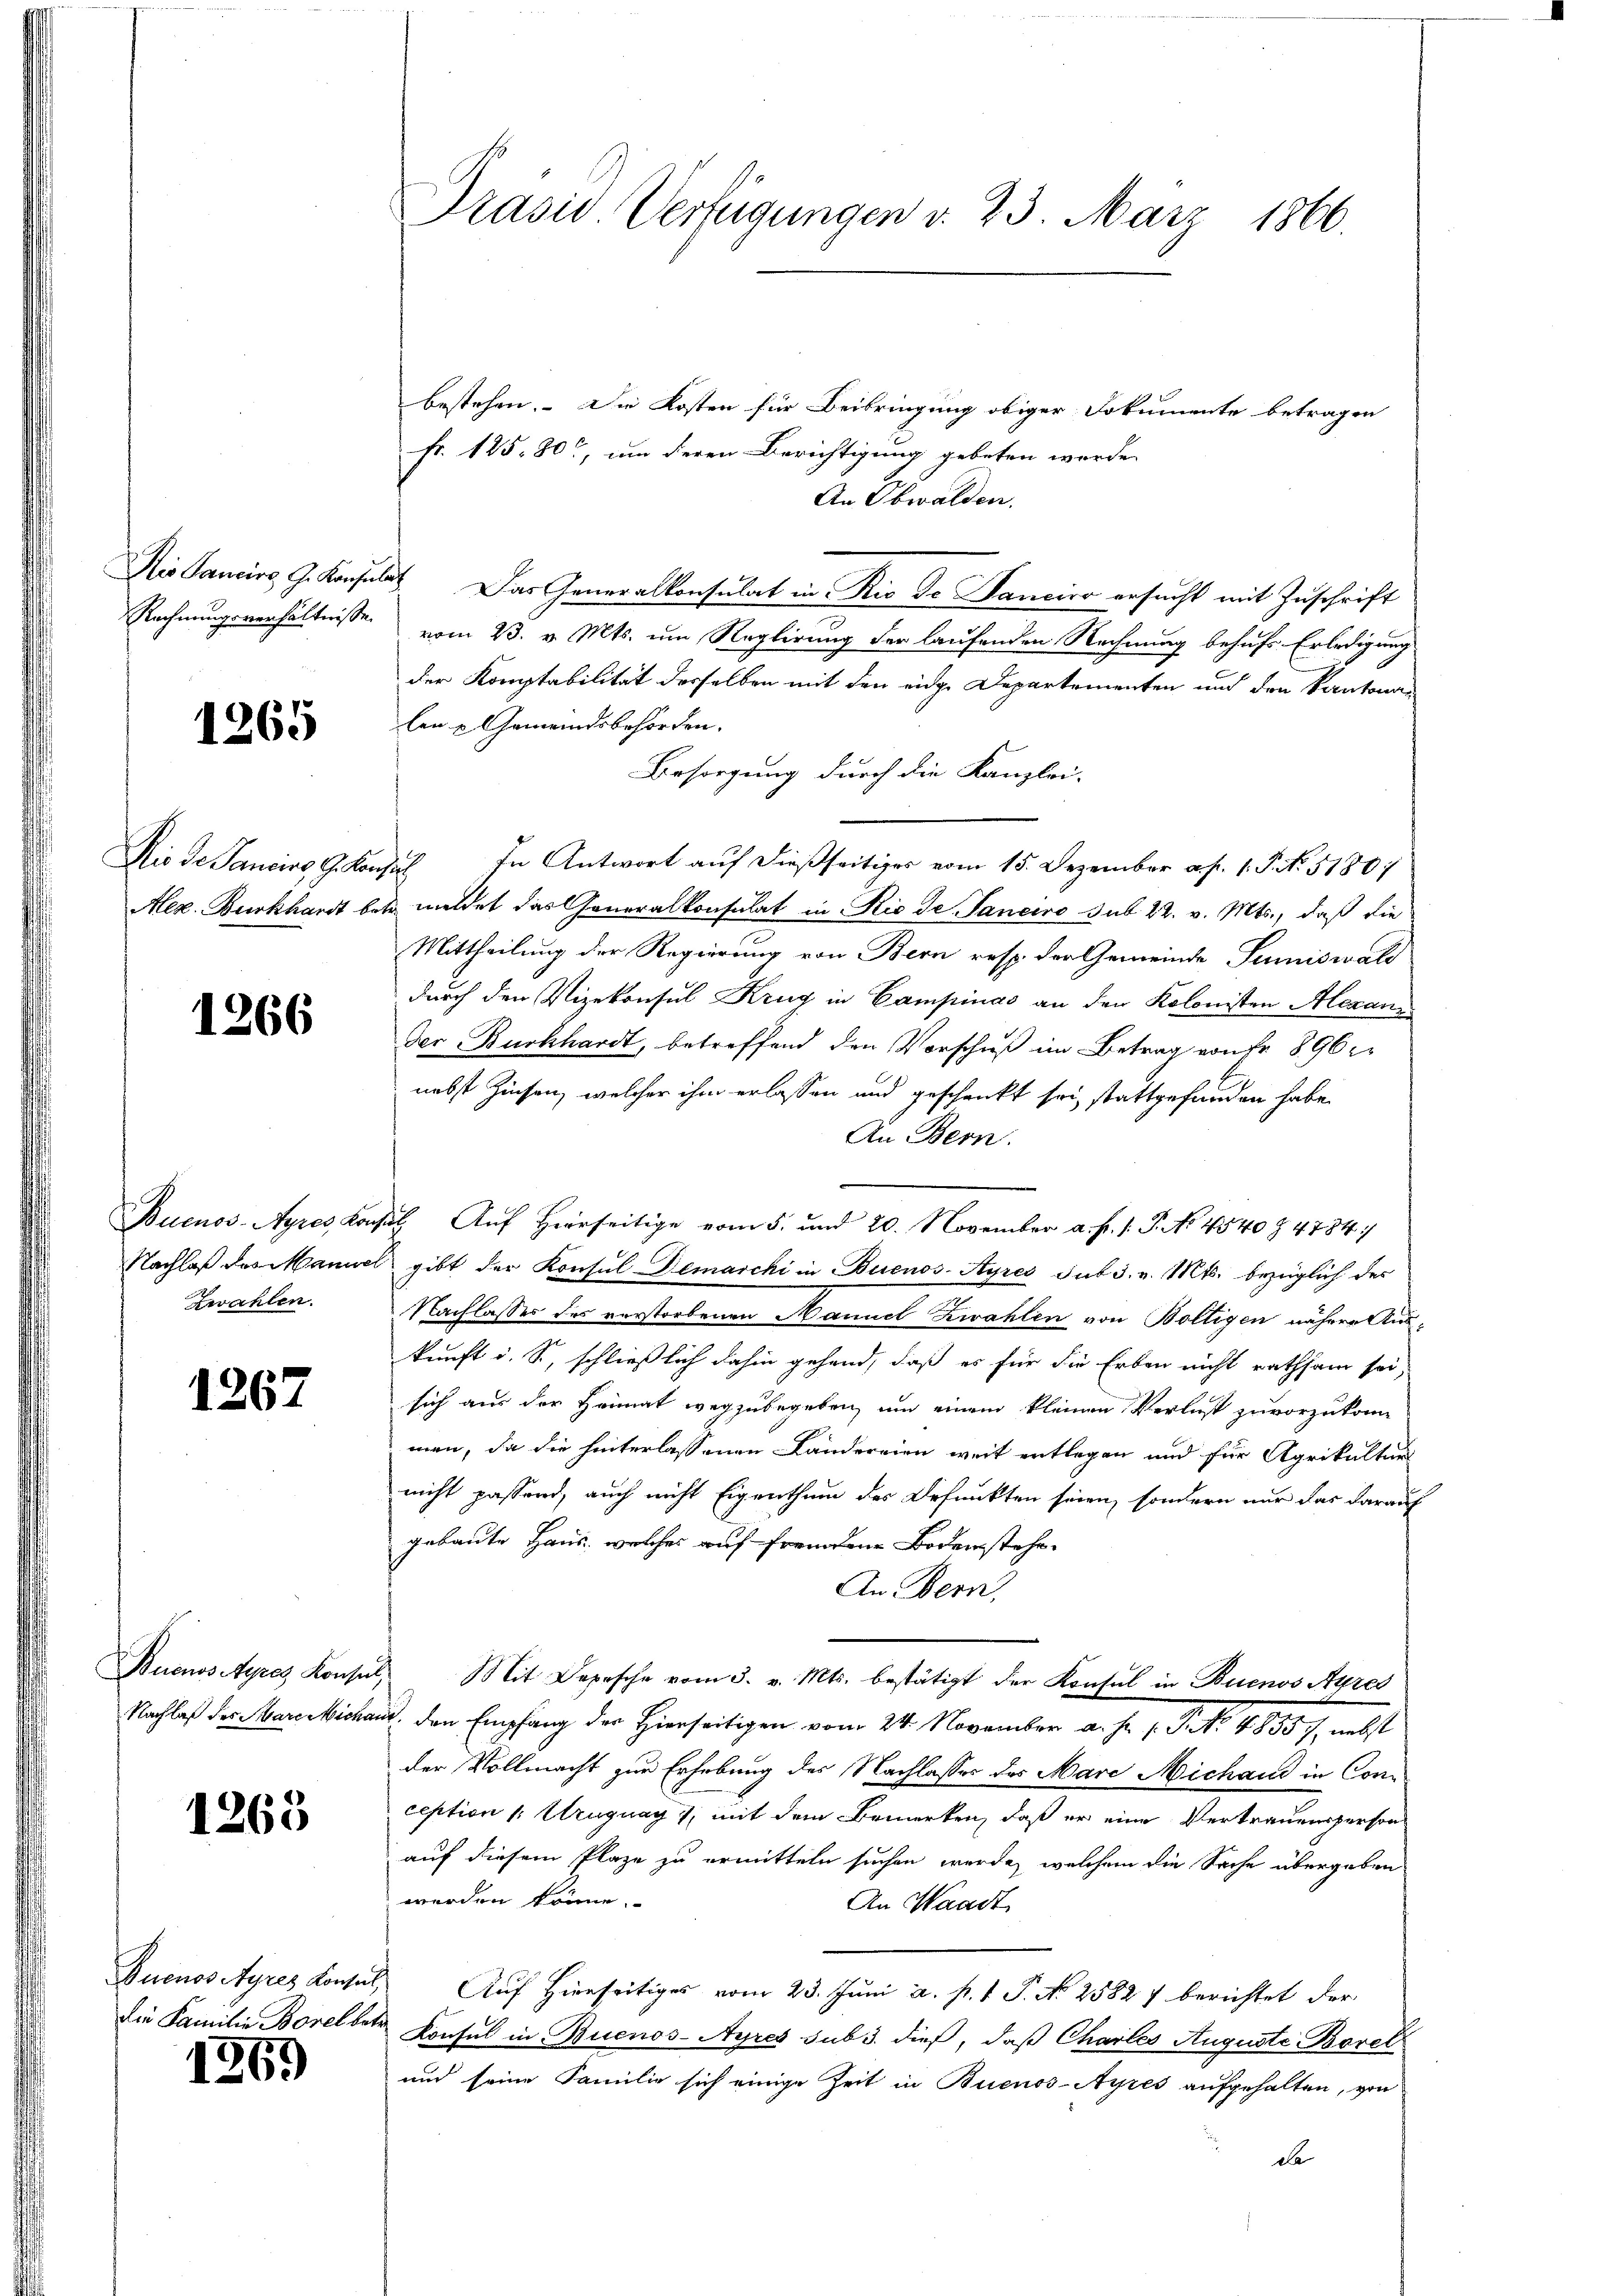
1265

1266

Buenos-Ayres Konz
Nachlaß des Manner
Zwahlen.

1267

Buenos Ayres Konsu
Nachlaß des Stare Micha

1268

Quenos Ayres Konsul,
die Familie Borel ber

1369

Präsid. Verfügungen d. 23. März 1866.

bestehen. Die Kosten für Beibringung obiger Dokumente betragen
Fr. 125. 80, um deren Berichtigung gebeten wurde.
An Obwalden.
Nis Sancirs G. Konsulat. Das Generalkonsulat in Rio de Sanciro ersucht mit Zuschrift
Rechnungsverhältnisse vom 23. v. Mts. um Reglirung der laufenden Rechnung behufs Erledigung
der Komptabilität desselben mit den eidge Departementen und den Kantonalen & Gemeindsbehörden.
Besorgung durch die Kanzlei-
Rio de Sanciss, 9. Konsil. In Antwort auf dießseitiges vom 15. Dezember a. f. 1. P. Nr. 51801
Aez. Burkhardt betr. meldet das Generalkonsulat in Ric de Janeiro sub 22. v. Mts., daß die
Mittheilung der Regierung von Bern resp. der Gemeinde Sumiswald
durch den Vizekonsul Krug in Campinas an den Kolonisten Alexan
Der Burkhardt, betreffend den Vorschieß im Betrag von Fr. 896
nebst Zinsen, welcher ihm erlassen und geschenkt sei, stattgefunden habe,
An Bern.
gut. Auf Herrseitige vom 5. und 20. November a. f. 1: P. No. 4540 Z. 4784/
 gibt der Konsul Demarcki in Buenos-Ayres sub 3. v. Mts. bezüglich des
Nachlasses des verstorbenen Naniel Zwahlen von Boltigen nähere Aus-
kunft d. S., schließlich dahin gehend, daß es für die Erben nicht rathsam sei,
sich aus der Heimat wegzubegeben, um einem kleinen Verlust zuvorzukom
man, da die hinterlassenen Landereien weit entlegen und für Agrikultur
nicht passend, auch nicht Eigenthum des Defunkten seien, sondern nur das darauf
gebaute Haus, welches auf fremden Bodenstehe
An Bern.
 Mit Depesche vom 3. v. Mts. bestätigt der Konsul in Buenos Ayres
und den Empfang der Hierseitigen vom 24. November a. p. 1. Frk. 48857, nebst
der Vollmacht zur Erhebung des Nachlasses des Mare Michand in Conception (: Uruguag 7, mit dem Bemerken, daß er eine Vertrauensperson
auf diesem Plaze zu ermitteln suchen werde, welchem die Sache übergeben
werden könne.
An Waadt,
Auf Hierseitiges vom 23. Juni a. p. 1 P. No 25827 berichtet der
r Konsul in Buenos-Ayres sub 3. dieß, daß Charles Auguste Borel
und seine Familie sich einige Zeit in Buenos-Ayres aufgehalten, von
de